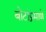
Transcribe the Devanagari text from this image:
बोटांप्रमाणे